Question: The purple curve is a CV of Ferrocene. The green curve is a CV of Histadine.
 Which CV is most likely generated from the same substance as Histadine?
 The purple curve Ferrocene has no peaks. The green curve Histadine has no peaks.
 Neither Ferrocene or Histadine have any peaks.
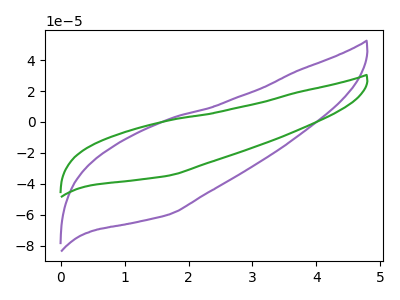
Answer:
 <answer>The CV with the most similar shape to "Ferrocene" is "Histadine".</answer>
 <eval>"Histadine"</eval>